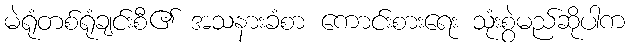
မဲရုံတစ်ရုံချင်းစီ၏ အသနားခံစာ ကောင်းစားရေး သုံးစွဲမည်ဆိုပါက